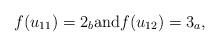
LaTeX: \begin{align*}f(u_{11}) = 2_b \mbox{and} f(u_{12})=3_a, \end{align*}